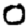
Digit: 0